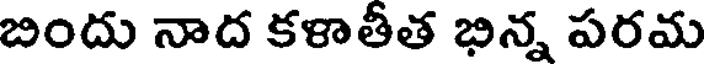
బిందు నాద కళాతీత భిన్న పరమ